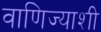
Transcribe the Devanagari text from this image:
वाणिज्याशी